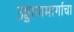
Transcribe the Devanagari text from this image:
उड्डाणमार्गाचा